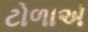
ટોળાએ